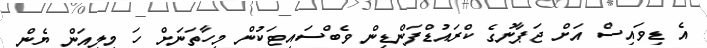
އެ ޑިވައިސް އަށް ޖަޕާނުގެ ކްރައުޑްފަންޑިން ވެބްސައިޓަކުން މިހާތަނަށް ހަ މިލިއަން ޔެން